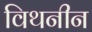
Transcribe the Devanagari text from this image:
विथनीन